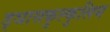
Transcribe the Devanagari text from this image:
ड्ञासकुल्कुलिय